Report of the Indian Hemp Drugs Commission, 1894-1895 - Volume IV
Year: 1894
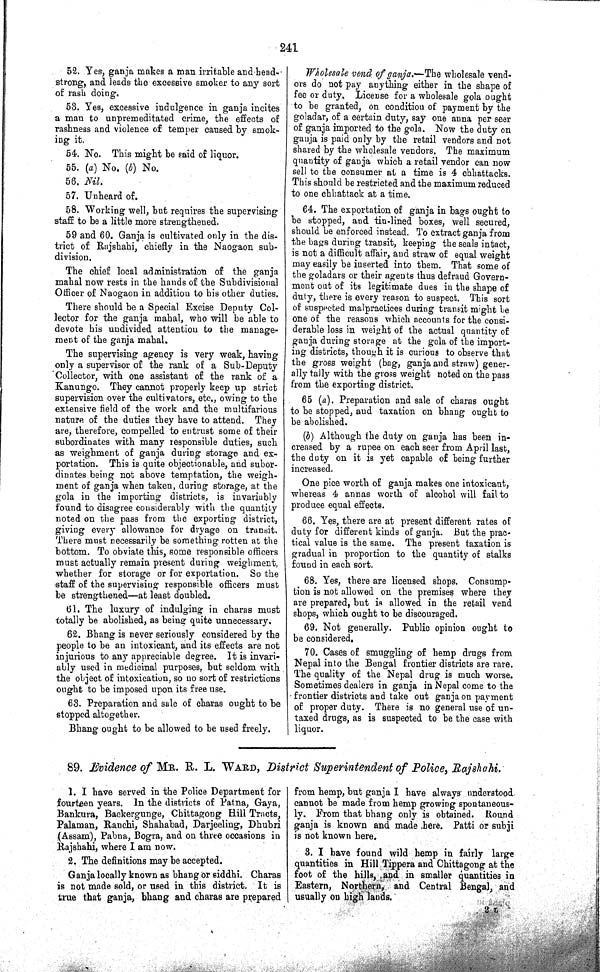
241
52. Yes, ganja makes a man irritable and head-
strong, and leads the excessive smoker to any sort
of rash doing.
53. Yes, excessive indulgence in ganja incites
a man to unpremeditated crime, the effects of
rashness and violence of temper caused by smok-
ing it.
54. No. This might be said of liquor.
55. (a) No. (b) No.
56. Nil.
57. Unheard of.
58. Working well, but requires the supervising
staff to be a little more strengthened.
59 and 60. Ganja is cultivated only in the dis-
trict of Rajshahi, chiefly in the Naogaon sub-
division.
The chief local administration of the ganja
mahal now rests in the hands of the Subdivisional
Officer of Naogaon in addition to his other duties.
There should be a Special Excise Deputy Col-
lector for the ganja mahal, who will be able to
devote his undivided attention to the manage-
ment of the ganja mahal.
The supervising agency is very weak, having
only a supervisor of the rank of a Sub-Deputy
Collector, with one assistant of the rank of a
Kanungo. They cannot properly keep up strict
supervision over the cultivators, etc., owing to the
extensive field of the work and the multifarious
nature of the duties they have to attend. They
are, therefore, compelled to entrust some of their
subordinates with many responsible duties, such
as weighment of ganja during storage and ex-
portation. This is quite objectionable, and subor-
dinates being not above temptation, the weigh-
ment of ganja when taken, during storage, at the
gola in the importing districts, is invariably
found to disagree considerably with the quantity
noted on the pass from the exporting district,
giving every allowance for dryage on transit.
There must necessarily be something rotten at the
bottom. To obviate this, some responsible officers
must actually remain present during weighment,
whether for storage or for exportation. So the
staff of the supervising responsible officers must
be strengthened—at least doubled.
61. The luxury of indulging in charas must
totally be abolished, as being quite unnecessary.
62. Bhang is never seriously considered by the
people to be an intoxicant, and its effects are not
injurious to any appreciable degree. It is invari-
ably used in medicinal purposes, but seldom with
the object of intoxication, so no sort of restrictions
ought to be imposed upon its free use.
63. Preparation and sale of charas ought to be
stopped altogether.
Bhang ought to be allowed to be used freely.
Wholesale vend of ganja.—The wholesale vend-
ors do not pay anything either in the shape of
fee or duty. License for a wholesale gola ought
to be granted, on condition of payment by the
goladar, of a certain duty, say one anna per seer
of ganja imported to the gola. Now the duty on
ganja is paid only by the retail vendors and not
shared by the wholesale vendors. The maximum
quantity of ganja which a retail vendor can now
sell to the consumer at a time is 4 chhattacks.
This should be restricted and the maximum reduced
to one chhattack at a time.
64. The exportation of ganja in bags ought to
be stopped, and tin-lined boxes, well secured,
should be enforced instead. To extract ganja from
the bags during transit, keeping the seals intact,
is not a difficult affair, and straw of equal weight
may easily be inserted into them. That some of
the goladars or their agents thus defraud Govern-
ment out of its legitimate dues in the shape of
duty, there is every reason to suspect. This sort
of suspected malpractices during transit might be
one of the reasons which accounts for the consi-
derable loss in weight of the actual quantity of
ganja during storage at the gola of the import-
ing districts, though it is curious to observe that
the gross weight (bag, ganja and straw) gener-
ally tally with the gross weight noted on the pass
from the exporting district.
65 (a). Preparation and sale of charas ought
to be stopped, and taxation on bhang ought to
be abolished.
(b) Although the duty on ganja has been in-
creased by a rupee on each seer from April last,
the duty on it is yet capable of being further
increased.
One pice worth of ganja makes one intoxicant,
whereas 4 annas worth of alcohol will fail to
produce equal effects.
66. Yes, there are at present different rates of
duty for different kinds of ganja. But the prac-
tical value is the same. The present taxation is
gradual in proportion to the quantity of stalks
found in each sort.
68. Yes, there are licensed shops. Consump-
tion is not allowed on the premises where they
are prepared, but is allowed in the retail vend
shops, which ought to be discouraged.
69. Not generally. Public opinion ought to
be considered.
70. Cases of smuggling of hemp drugs from
Nepal into the Bengal frontier districts are rare.
The quality of the Nepal drug is much worse.
Sometimes dealers in ganja in Nepal come to the
frontier districts and take out ganja on payment
of proper duty. There is no general use of un-
taxed drugs, as is suspected to be the case with
liquor.
89. Evidence of MR. R. L. WARD, District Superintendent of Police, Rajshahi.
1. I have served in the Police Department for
fourteen years. In the districts of Patna, Gaya,
Bankura, Backergunge, Chittagong Hill Tracts,
Palaman, Ranchi, Shahabad, Darjeeling, Dhubri
(Assam), Pabna, Bogra, and on three occasions in
Rajshahi, where I am now.
2. The definitions may be accepted.
Ganja locally known as bhang or siddhi. Charas
is not made sold, or used in this district. It is
true that ganja, bhang and charas are prepared
from hemp, but ganja I have always understood
cannot be made from hemp growing spontaneous-
ly. From that bhang only is obtained. Round
ganja is known and made here. Patti or subji
is not known here.
3. I have found wild hemp in fairly large
quantities in Hill Tippera and Chittagong at the
foot of the hills, and in smaller quantities in
Eastern, Northern, and Central Bengal, and
usually on high lands.
2 L